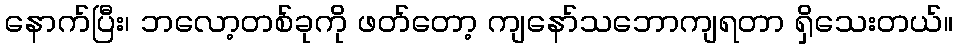
နောက်ပြီး၊ ဘလော့တစ်ခုကို ဖတ်တော့ ကျနော်သဘောကျရတာ ရှိသေးတယ်။